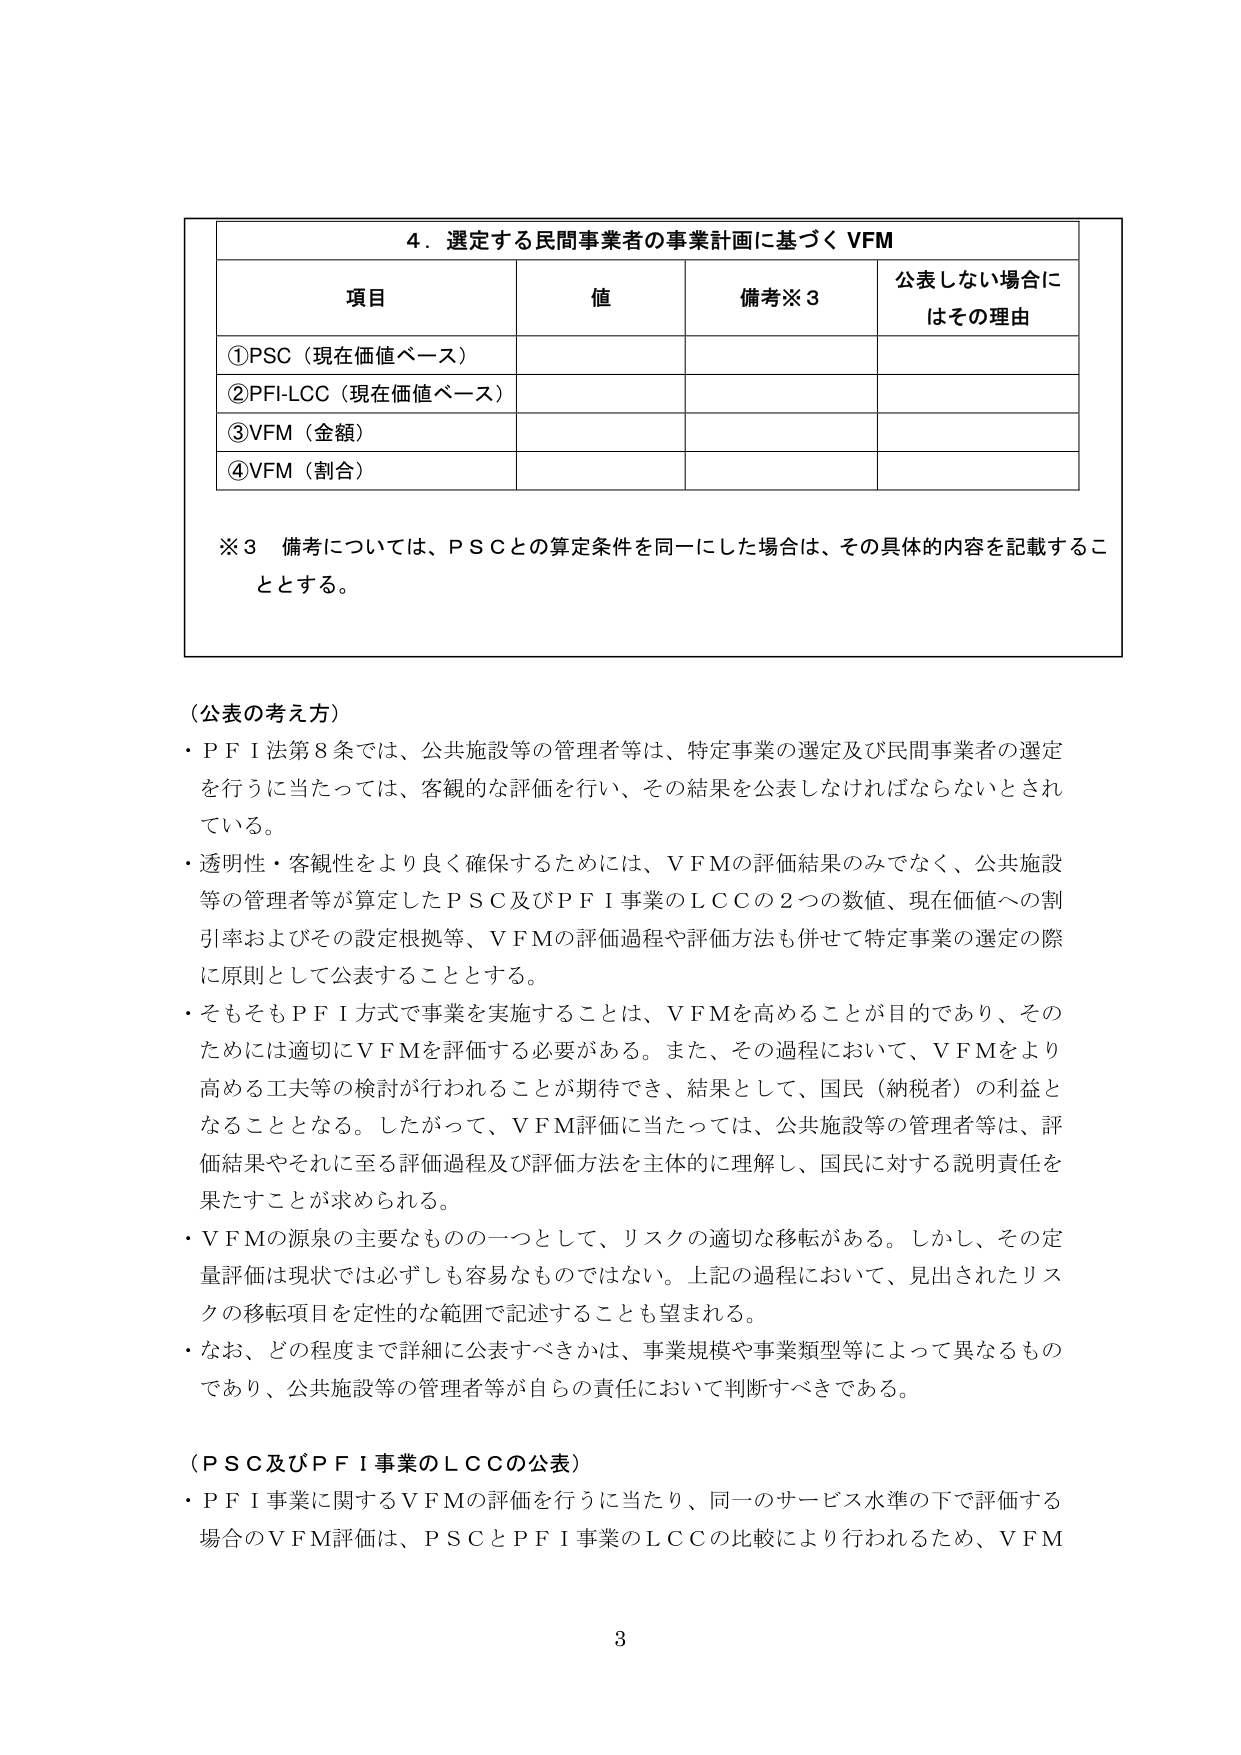
4．選定する民間事業者の事業計画に基づく VFM

項目 値 備考※3 公表しない場合にはその理由
①PSC（現在価値ベース）
②PFI-LCC（現在価値ベース）
③VFM（金額）
④VFM（割合）

※3 備考については、ＰＳＣとの算定条件を同一にした場合は、その具体的な内容を記載することとする。

（公表の考え方）
・ＰＦＩ法第８条では、公共施設等の管理者等は、特定事業の選定及び民間事業者の選定を行うに当たっては、客観的な評価を行い、その結果を公表しなければならないとされている。
・透明性・客観性をより良く確保するためには、ＶＦＭの評価結果のみでなく、公共施設等の管理者等が算定したＰＳＣ及びＰＦＩ事業のＬＣＣの２つの数値、現在価値への割引率およびその設定根拠等、ＶＦＭの評価過程や評価方法も併せて特定事業の選定の際に原則として公表することとする。
・そもそもＰＦＩ方式で事業を実施することは、ＶＦＭを高めることが目的であり、そのためには適切にＶＦＭを評価する必要がある。また、その過程において、ＶＦＭをより高める工夫等の検討が行われることが期待でき、結果として、国民（納税者）の利益となることとなる。したがって、ＶＦＭ評価に当たっては、公共施設等の管理者等は、評価結果やそれに至る評価過程及び評価方法を主体的に理解し、国民に対する説明責任を果たすことが求められる。
・ＶＦＭの源泉の主要なものの一つとして、リスクの適切な移転がある。しかし、その定量評価は現状では必ずしも容易なものではない。上記の過程において、見出されたリスクの移転項目を定性的な範囲で記述することも望まれる。
・なお、どの程度まで詳細に公表すべきかは、事業規模や事業類型等によって異なるものであり、公共施設等の管理者等が自らの責任において判断すべきである。

（ＰＳＣ及びＰＦＩ事業のＬＣＣの公表）
・ＰＦＩ事業に関するＶＦＭの評価を行うに当たり、同一のサービス水準の下で評価する場合のＶＦＭ評価は、ＰＳＣとＰＦＩ事業のＬＣＣの比較により行われるため、ＶＦＭ

3